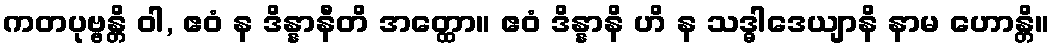
ကတပုဗ္ဗန္တိ ဝါ, ဧဝံ န ဒိန္နာနီတိ အတ္ထော။ ဧဝံ ဒိန္နာနိ ဟိ န သဒ္ဓါဒေယျာနိ နာမ ဟောန္တိ။